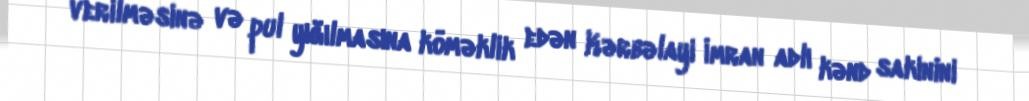
verilməsinə və pul yığılmasına köməklik edən Kərbəlayi İmran adlı kənd sakinini